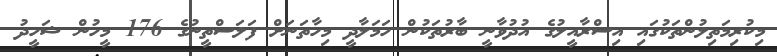
މިކުރިމަތިލުންތަކުގައި އިސްރާއީލުގެ އުދުވާނީ ބާރުތަކުން ހަމަލާދީ މިހާތަނަށް ފަލަސްތީނުގެ 176 މީހުން ޝަހީދު